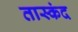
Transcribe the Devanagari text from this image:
तास्कंद